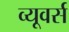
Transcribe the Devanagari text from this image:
व्यूवर्स